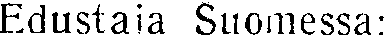
Edustaja Suomessa: